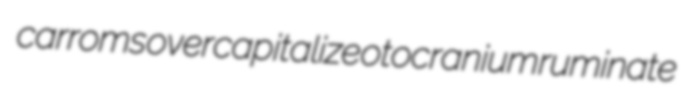
carroms overcapitalize otocranium ruminate